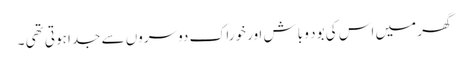
گھر میں اس کی بود و باش اور خوراک دوسروں سے جدا ہوتی تھی ۔